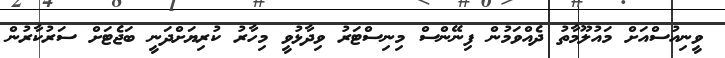
ވީނިއުސްއަށް މައުލޫމާތު ދެއްވަމުން ފިނޭންސް މިނިސްޓަރު ވިދާޅުވީ މިހާރު ކުރިޔަށްދަނީ ބަޖެޓަށް ސަރުކާރުން